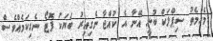
މެހްމެތު ސިޕްލަކް ބުނީ އޭނާ އެ ކުއްޖާ ނެގިއިރު ބަޔަކު ފޮޓޯ ނެގިކަމެއްވެސް